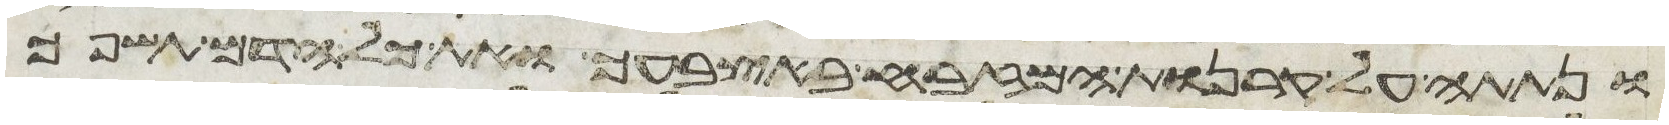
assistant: ונתתה על קרנות המזבח באצבעך ואת כל הדם תשפך